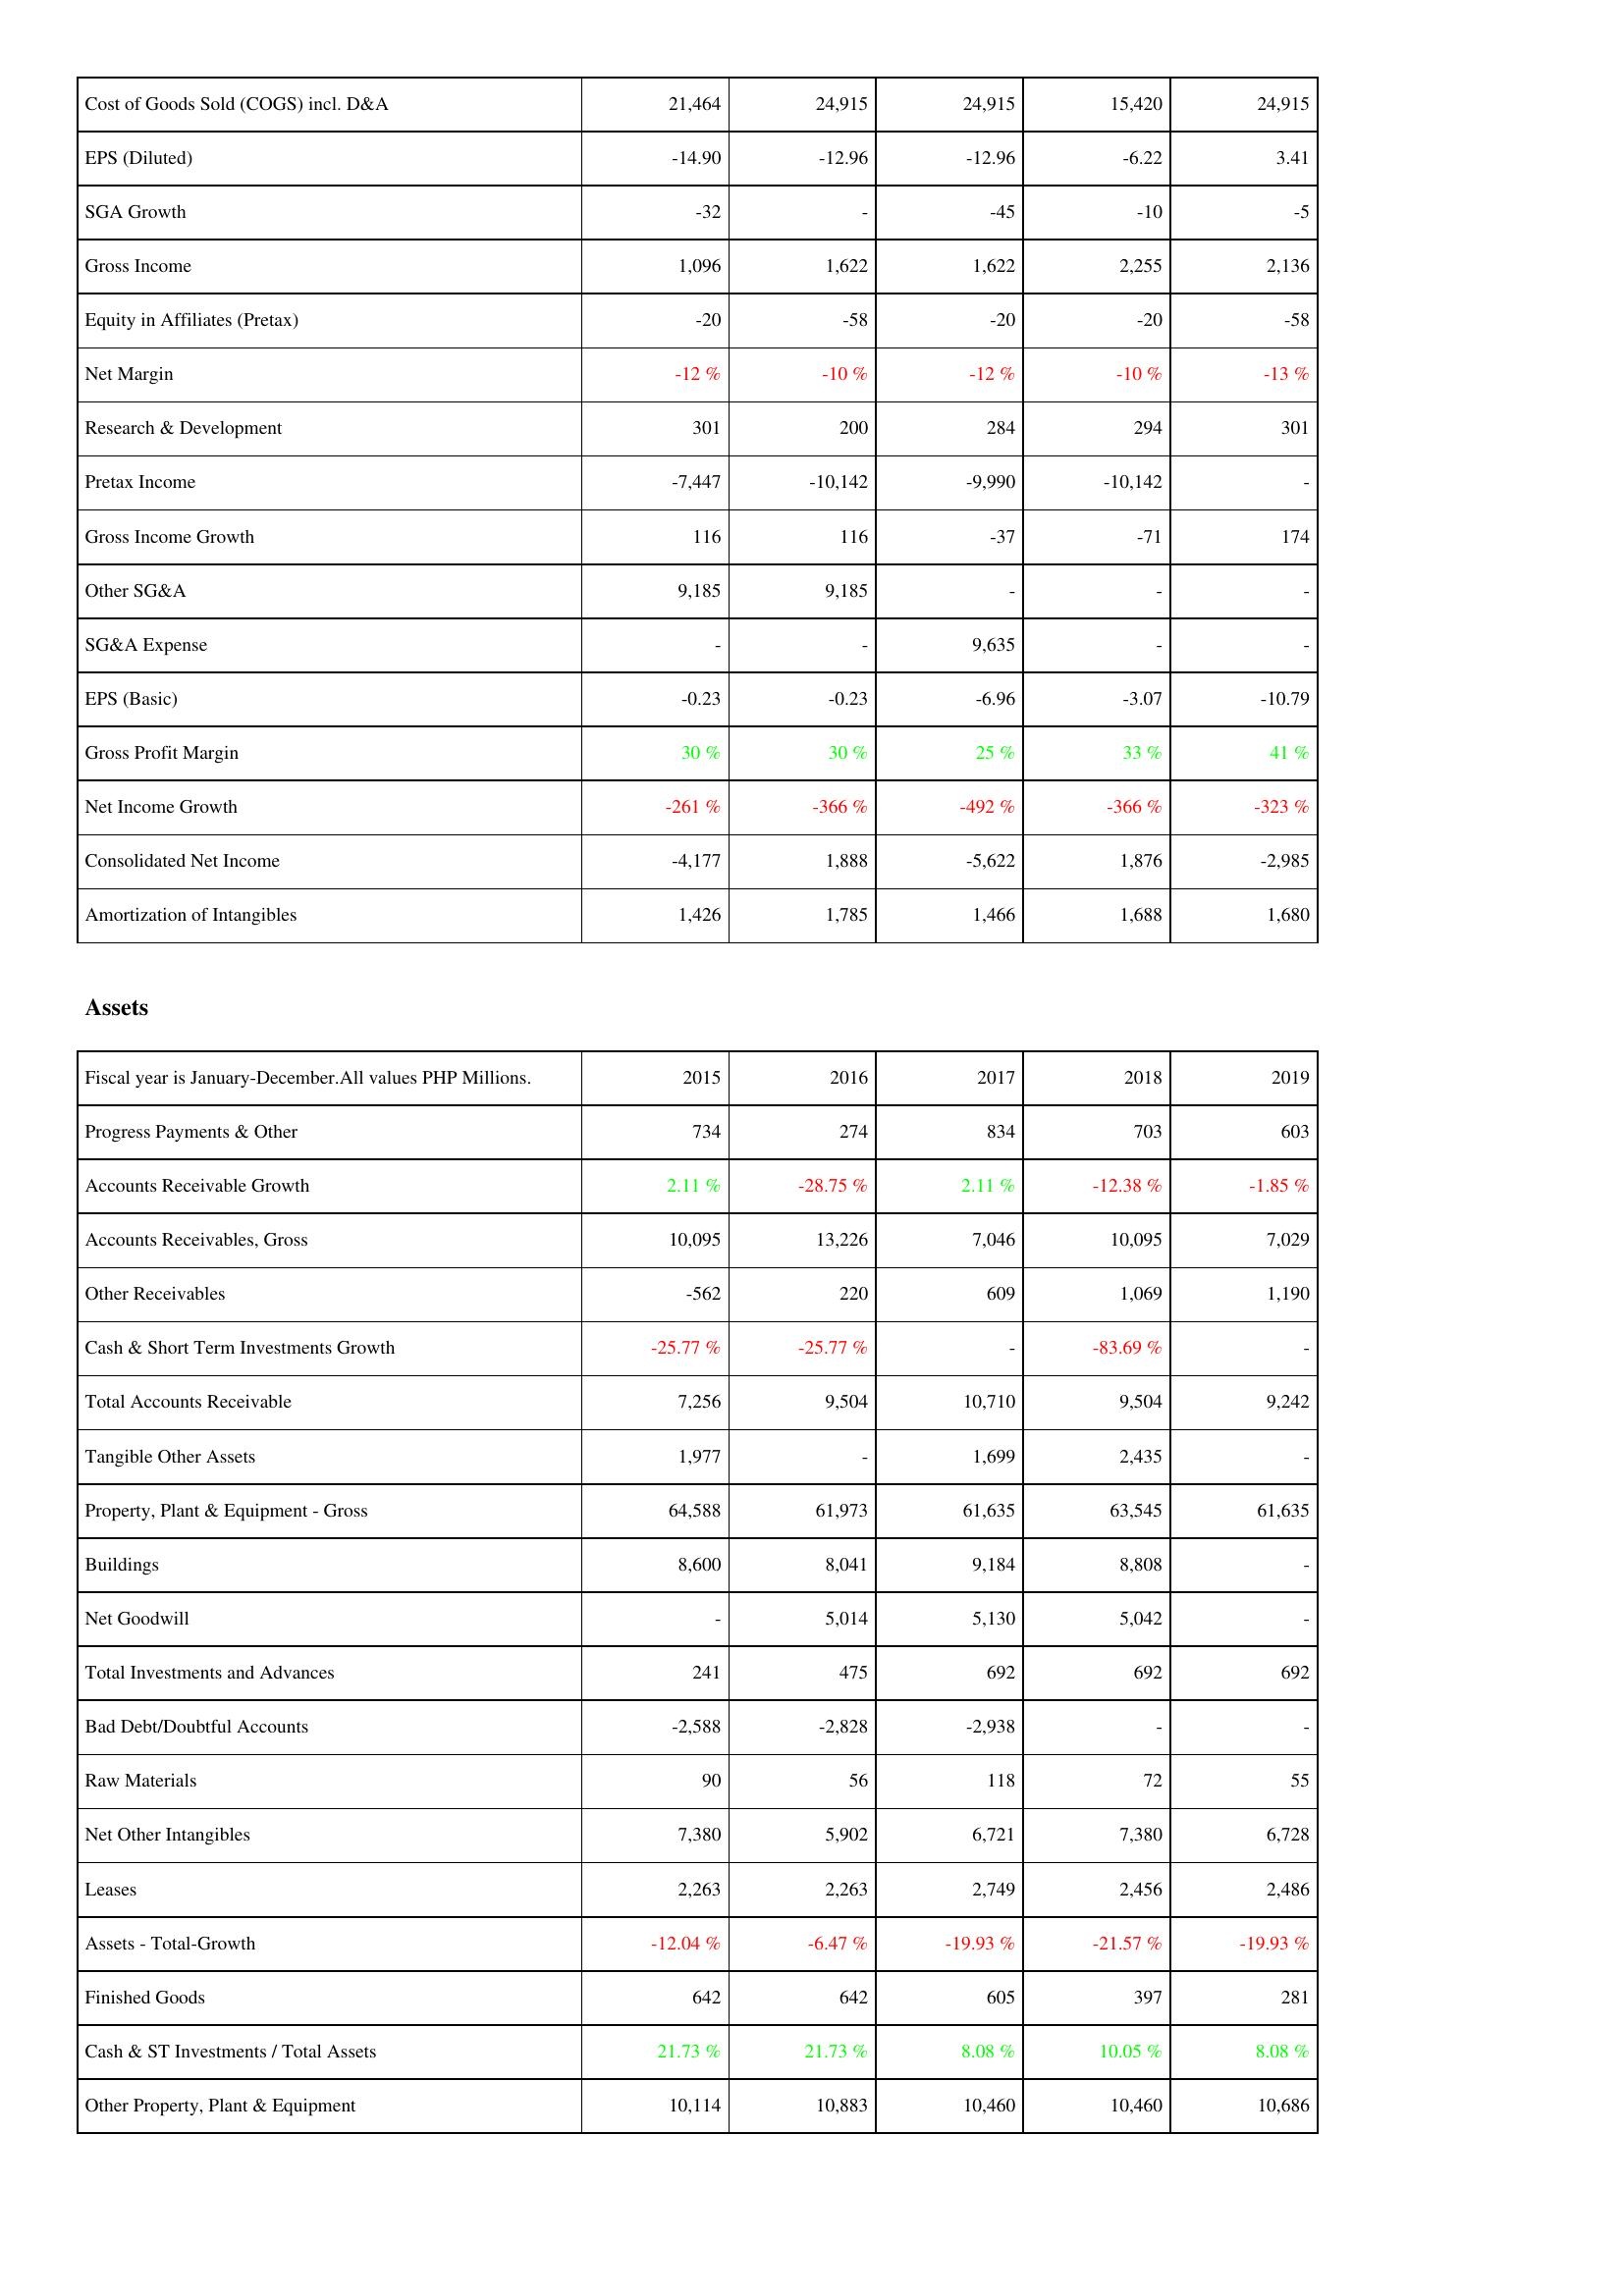
2015: Income Statement: Cost of Goods Sold (COGS) incl. D&A: 21,464
EPS (Diluted): -14.90
SGA Growth: -32
Gross Income: 1,096
Equity in Affiliates (Pretax): -20
Net Margin: -12 %
Research & Development: 301
Pretax Income: -7,447
Gross Income Growth: 116
Other SG&A: 9,185
SG&A Expense: -
EPS (Basic): -0.23
Gross Profit Margin: 30 %
Net Income Growth: -261 %
Consolidated Net Income: -4,177
Amortization of Intangibles: 1,426
Assets: Progress Payments & Other: 734
Accounts Receivable Growth: 2.11 %
Accounts Receivables, Gross: 10,095
Other Receivables: -562
Cash & Short Term Investments Growth: -25.77 %
Total Accounts Receivable: 7,256
Tangible Other Assets: 1,977
Property, Plant & Equipment - Gross: 64,588
Buildings: 8,600
Net Goodwill: -
Total Investments and Advances: 241
Bad Debt/Doubtful Accounts: -2,588
Raw Materials: 90
Net Other Intangibles: 7,380
Leases: 2,263
Assets - Total-Growth: -12.04 %
Finished Goods: 642
Cash & ST Investments / Total Assets: 21.73 %
Other Property, Plant & Equipment: 10,114
2016: Income Statement: Cost of Goods Sold (COGS) incl. D&A: 24,915
EPS (Diluted): -12.96
SGA Growth: -
Gross Income: 1,622
Equity in Affiliates (Pretax): -58
Net Margin: -10 %
Research & Development: 200
Pretax Income: -10,142
Gross Income Growth: 116
Other SG&A: 9,185
SG&A Expense: -
EPS (Basic): -0.23
Gross Profit Margin: 30 %
Net Income Growth: -366 %
Consolidated Net Income: 1,888
Amortization of Intangibles: 1,785
Assets: Progress Payments & Other: 274
Accounts Receivable Growth: -28.75 %
Accounts Receivables, Gross: 13,226
Other Receivables: 220
Cash & Short Term Investments Growth: -25.77 %
Total Accounts Receivable: 9,504
Tangible Other Assets: -
Property, Plant & Equipment - Gross: 61,973
Buildings: 8,041
Net Goodwill: 5,014
Total Investments and Advances: 475
Bad Debt/Doubtful Accounts: -2,828
Raw Materials: 56
Net Other Intangibles: 5,902
Leases: 2,263
Assets - Total-Growth: -6.47 %
Finished Goods: 642
Cash & ST Investments / Total Assets: 21.73 %
Other Property, Plant & Equipment: 10,883
2017: Income Statement: Cost of Goods Sold (COGS) incl. D&A: 24,915
EPS (Diluted): -12.96
SGA Growth: -45
Gross Income: 1,622
Equity in Affiliates (Pretax): -20
Net Margin: -12 %
Research & Development: 284
Pretax Income: -9,990
Gross Income Growth: -37
Other SG&A: -
SG&A Expense: 9,635
EPS (Basic): -6.96
Gross Profit Margin: 25 %
Net Income Growth: -492 %
Consolidated Net Income: -5,622
Amortization of Intangibles: 1,466
Assets: Progress Payments & Other: 834
Accounts Receivable Growth: 2.11 %
Accounts Receivables, Gross: 7,046
Other Receivables: 609
Cash & Short Term Investments Growth: -
Total Accounts Receivable: 10,710
Tangible Other Assets: 1,699
Property, Plant & Equipment - Gross: 61,635
Buildings: 9,184
Net Goodwill: 5,130
Total Investments and Advances: 692
Bad Debt/Doubtful Accounts: -2,938
Raw Materials: 118
Net Other Intangibles: 6,721
Leases: 2,749
Assets - Total-Growth: -19.93 %
Finished Goods: 605
Cash & ST Investments / Total Assets: 8.08 %
Other Property, Plant & Equipment: 10,460
2018: Income Statement: Cost of Goods Sold (COGS) incl. D&A: 15,420
EPS (Diluted): -6.22
SGA Growth: -10
Gross Income: 2,255
Equity in Affiliates (Pretax): -20
Net Margin: -10 %
Research & Development: 294
Pretax Income: -10,142
Gross Income Growth: -71
Other SG&A: -
SG&A Expense: -
EPS (Basic): -3.07
Gross Profit Margin: 33 %
Net Income Growth: -366 %
Consolidated Net Income: 1,876
Amortization of Intangibles: 1,688
Assets: Progress Payments & Other: 703
Accounts Receivable Growth: -12.38 %
Accounts Receivables, Gross: 10,095
Other Receivables: 1,069
Cash & Short Term Investments Growth: -83.69 %
Total Accounts Receivable: 9,504
Tangible Other Assets: 2,435
Property, Plant & Equipment - Gross: 63,545
Buildings: 8,808
Net Goodwill: 5,042
Total Investments and Advances: 692
Bad Debt/Doubtful Accounts: -
Raw Materials: 72
Net Other Intangibles: 7,380
Leases: 2,456
Assets - Total-Growth: -21.57 %
Finished Goods: 397
Cash & ST Investments / Total Assets: 10.05 %
Other Property, Plant & Equipment: 10,460
2019: Income Statement: Cost of Goods Sold (COGS) incl. D&A: 24,915
EPS (Diluted): 3.41
SGA Growth: -5
Gross Income: 2,136
Equity in Affiliates (Pretax): -58
Net Margin: -13 %
Research & Development: 301
Pretax Income: -
Gross Income Growth: 174
Other SG&A: -
SG&A Expense: -
EPS (Basic): -10.79
Gross Profit Margin: 41 %
Net Income Growth: -323 %
Consolidated Net Income: -2,985
Amortization of Intangibles: 1,680
Assets: Progress Payments & Other: 603
Accounts Receivable Growth: -1.85 %
Accounts Receivables, Gross: 7,029
Other Receivables: 1,190
Cash & Short Term Investments Growth: -
Total Accounts Receivable: 9,242
Tangible Other Assets: -
Property, Plant & Equipment - Gross: 61,635
Buildings: -
Net Goodwill: -
Total Investments and Advances: 692
Bad Debt/Doubtful Accounts: -
Raw Materials: 55
Net Other Intangibles: 6,728
Leases: 2,486
Assets - Total-Growth: -19.93 %
Finished Goods: 281
Cash & ST Investments / Total Assets: 8.08 %
Other Property, Plant & Equipment: 10,686